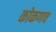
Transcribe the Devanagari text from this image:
कोकणच